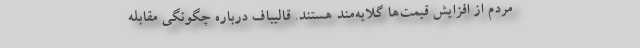
مردم از افزایش قیمت‌ها گلایه‌مند هستند. قالیباف درباره چگونگی مقابله